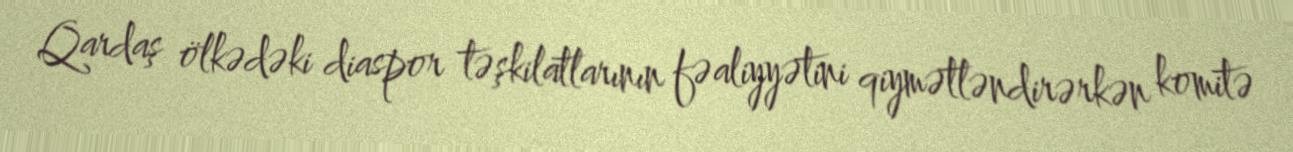
Qardaş ölkədəki diaspor təşkilatlarının fəaliyyətini qiymətləndirərkən komitə